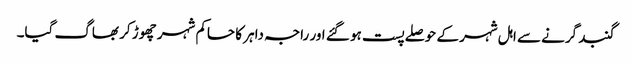
گنبد گرنے سے اہل شہر کے حوصلے پست ہو گئے اور راجہ داہر کا حاکم شہر چھوڑ کر بھاگ گیا۔